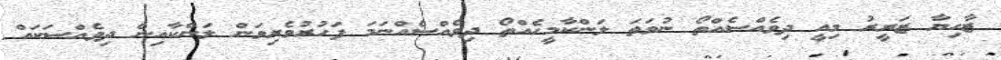
ޒާހިޔާ ޒަރީރު މިއީ ދިވެއްސެއްތޯ ނުވަތަ ލަންކާމީހެއްތޯ ދިވެއްސެއްނަމަ ފަހުރުވެރިވަން ލަންކާއިން ދިވެއްސަކައް